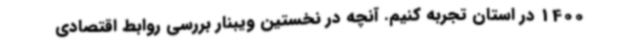
1400 در استان تجربه کنیم. آنچه در نخستین ویبنار بررسی روابط اقتصادی